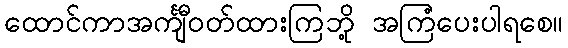
ထောင်ကာအင်္ကျီဝတ်ထားကြဘို့ အကြံပေးပါရစေ။